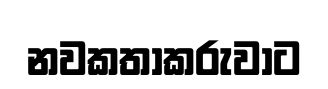
නවකතාකරුවාට